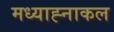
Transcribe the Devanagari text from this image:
मध्याह्नाकल